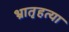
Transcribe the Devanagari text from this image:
भ्रातृहत्या